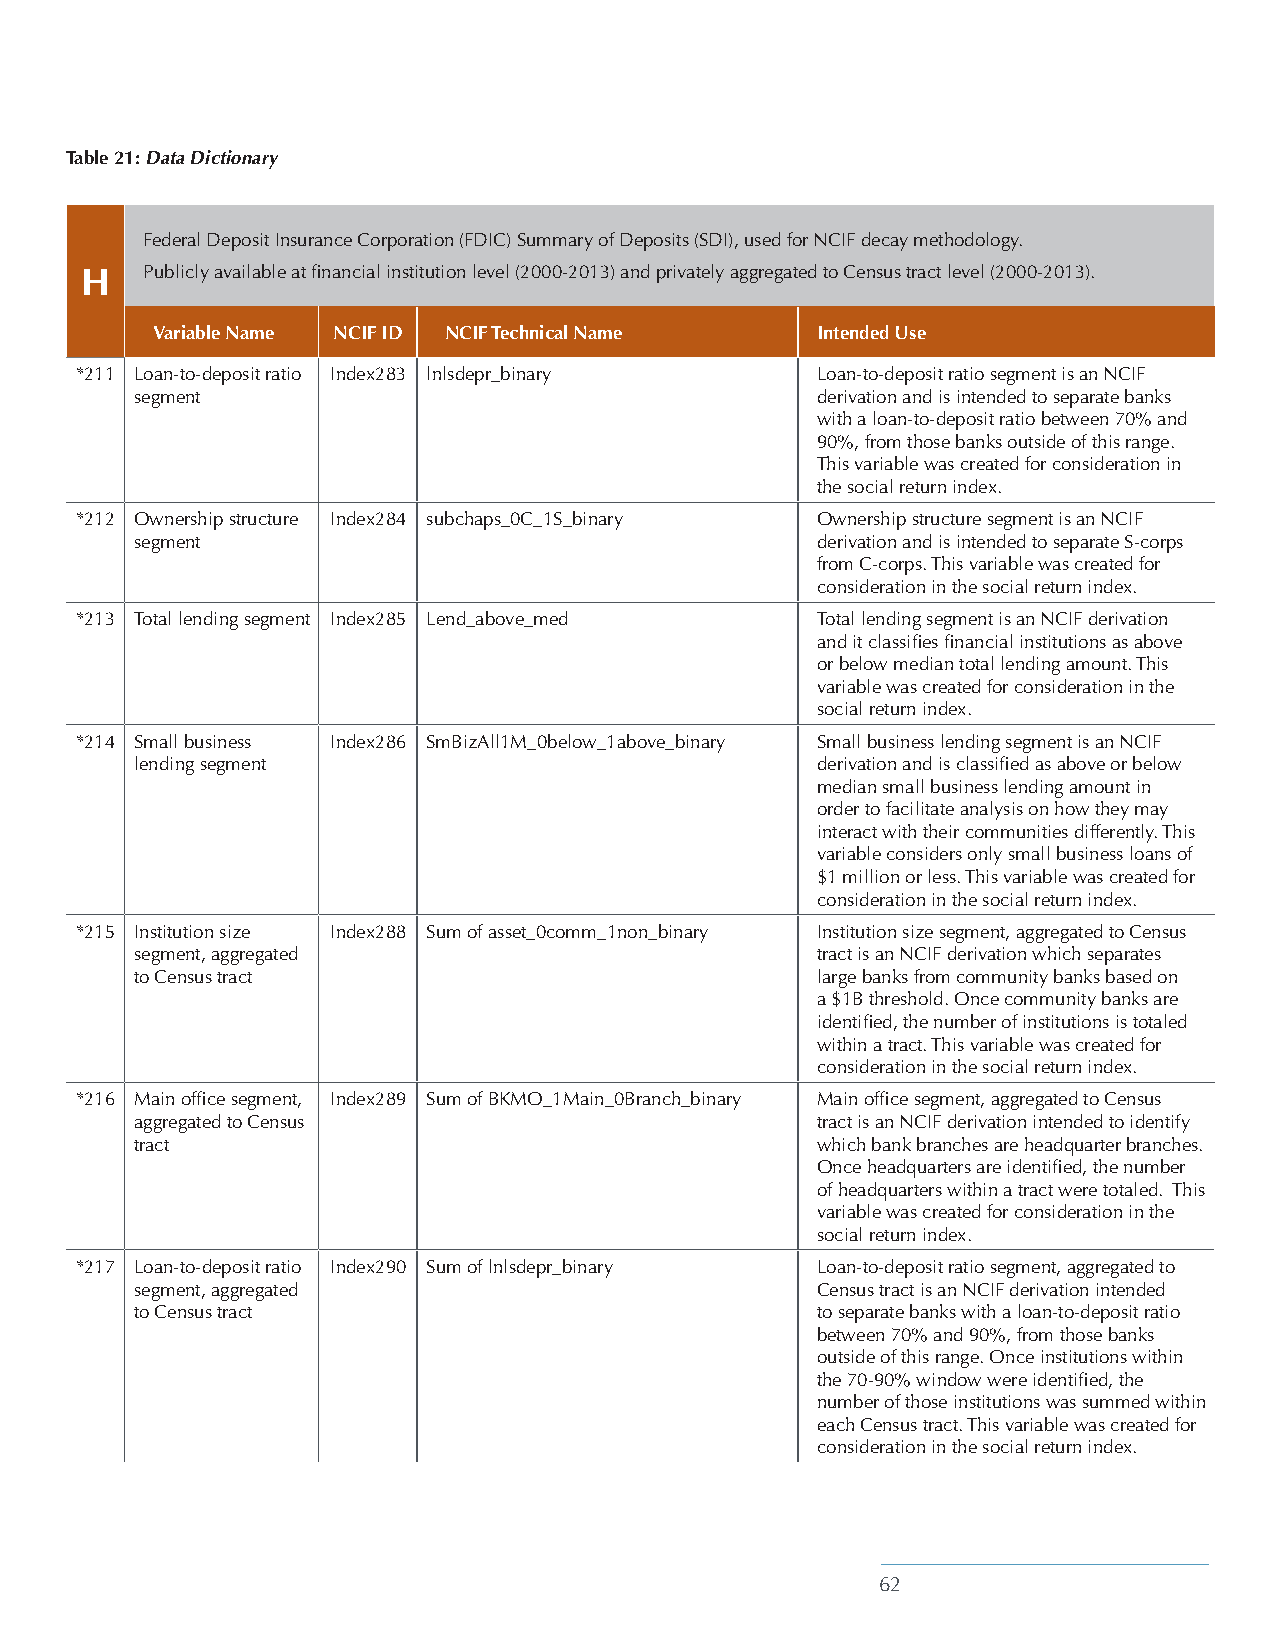
Table 21: Data Dictionary
 Federal Deposit Insurance Corporation (FDIC) Summary of Deposits (SDI), used for NCIF decay methodology.
 H   Publicly available at financial institution level (2000-2013) and privately aggregated to Census tract level (2000-2013).
 Variable Name NCIF ID NCIF Technical Name   Intended Use
 *211 Loan-to-deposit ratio Index283 lnlsdepr_binary Loan-to-deposit ratio segment is an NCIF
 segment                                      derivation and is intended to separate banks
 with a loan-to-deposit ratio between 70% and
 90%, from those banks outside of this range.
 This variable was created for consideration in
 the social return index.
 *212 Ownership structure Index284 subchaps_0C_1S_binary Ownership structure segment is an NCIF
 segment                                      derivation and is intended to separate S-corps
 from C-corps. This variable was created for
 consideration in the social return index.
 *213 Total lending segment Index285 Lend_above_med Total lending segment is an NCIF derivation
 and it classifies financial institutions as above
 or below median total lending amount. This
 variable was created for consideration in the
 social return index.
 *214 Small business Index286 SmBizAll1M_0below_1above_binary Small business lending segment is an NCIF
 lending segment                              derivation and is classified as above or below
 median small business lending amount in
 order to facilitate analysis on how they may
 interact with their communities differently. This
 variable considers only small business loans of
 $1 million or less. This variable was created for
 consideration in the social return index.
 *215 Institution size Index288 Sum of asset_0comm_1non_binary Institution size segment, aggregated to Census
 segment, aggregated                          tract is an NCIF derivation which separates
 to Census tract                              large banks from community banks based on
 a $1B threshold. Once community banks are
 identified, the number of institutions is totaled
 within a tract. This variable was created for
 consideration in the social return index.
 *216 Main office segment, Index289 Sum of BKMO_1Main_0Branch_binary Main office segment, aggregated to Census
 aggregated to Census                         tract is an NCIF derivation intended to identify
 tract                                        which bank branches are headquarter branches.
 Once headquarters are identified, the number
 of headquarters within a tract were totaled. This
 variable was created for consideration in the
 social return index.
 *217 Loan-to-deposit ratio Index290 Sum of lnlsdepr_binary Loan-to-deposit ratio segment, aggregated to
 segment, aggregated                          Census tract is an NCIF derivation intended
 to Census tract                              to separate banks with a loan-to-deposit ratio
 between 70% and 90%, from those banks
 outside of this range. Once institutions within
 the 70-90% window were identified, the
 number of those institutions was summed within
 each Census tract. This variable was created for
 consideration in the social return index.
 62